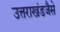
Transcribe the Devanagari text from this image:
उत्तराखंडजैसे